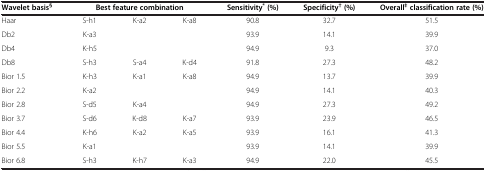
| Wavelet basis§ | <COLSPAN=3> Best feature combination | Sensitivity* (%) | Specificity† (%) | Overall‡ classification rate (%) |
 | --- | --- | --- | --- | --- | --- | --- |
 | Haar | S-h1 | K-a2 | K-a8 | 90.8 | 32.7 | 51.5 |
 | Db2 | K-a3 |  |  | 93.9 | 14.1 | 39.9 |
 | Db4 | K-h5 |  |  | 94.9 | 9.3 | 37.0 |
 | Db8 | S-h3 | S-a4 | K-d4 | 91.8 | 27.3 | 48.2 |
 | Bior 1.5 | K-h3 | K-a1 | K-a8 | 94.9 | 13.7 | 39.9 |
 | Bior 2.2 | K-a2 |  |  | 94.9 | 14.1 | 40.3 |
 | Bior 2.8 | S-d5 | K-a4 |  | 94.9 | 27.3 | 49.2 |
 | Bior 3.7 | S-d6 | K-d8 | K-a7 | 93.9 | 23.9 | 46.5 |
 | Bior 4.4 | K-h6 | K-a2 | K-a5 | 93.9 | 16.1 | 41.3 |
 | Bior 5.5 | K-a1 |  |  | 93.9 | 14.1 | 39.9 |
 | Bior 6.8 | S-h3 | K-h7 | K-a3 | 94.9 | 22.0 | 45.5 |